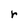
Character: r